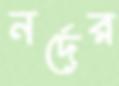
নর্দের